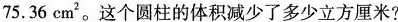
75.36cm^{2}.这个圆柱的体积减少了多少立方厘米?